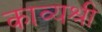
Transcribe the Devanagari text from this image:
काव्यश्री